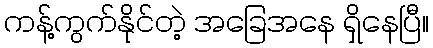
ကန့်ကွက်နိုင်တဲ့ အခြေအနေ ရှိနေပြီ။